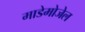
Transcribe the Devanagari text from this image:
माडेमोजेल